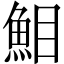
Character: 𩶖